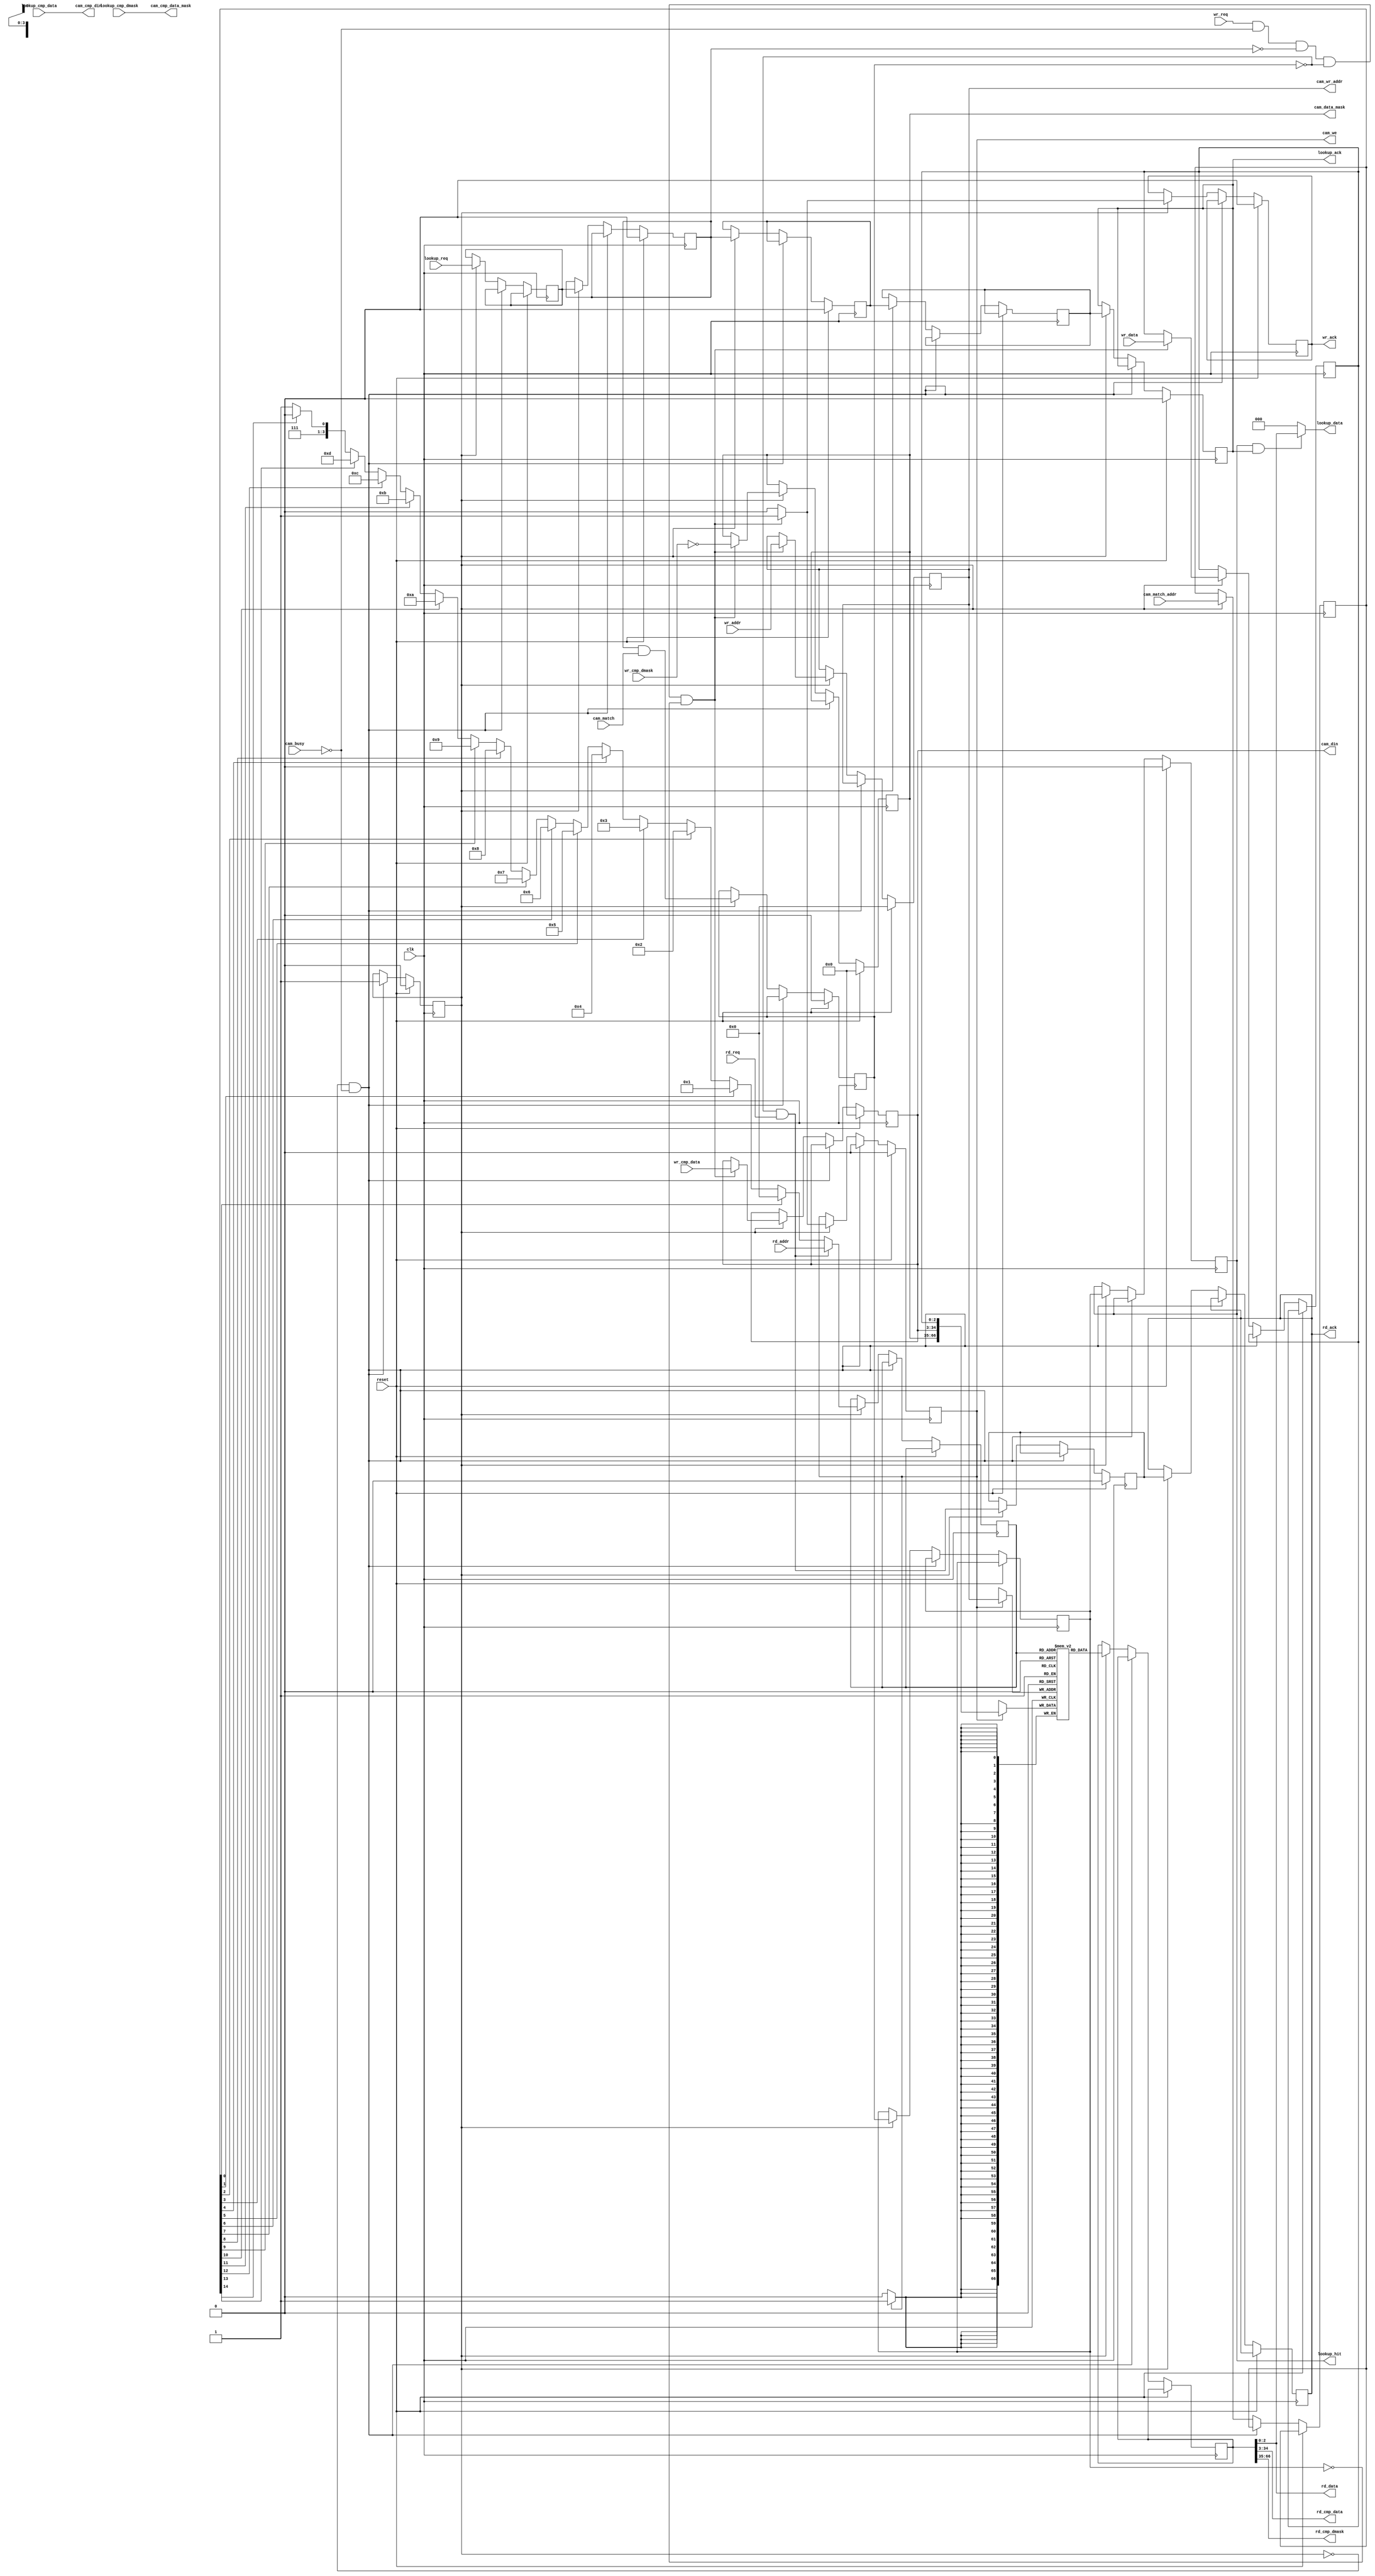
// ============================================================================
// Copyright (c) 2010  
// ============================================================================
//
// Permission:
//
//   
//
// Disclaimer:
//
//   This VHDL/Verilog or C/C++ source code is intended as a design reference
//   which illustrates how these types of functions can be implemented.
//   It is the user's responsibility to verify their design for
//   consistency and functionality through the use of formal
//   verification methods.  
// ============================================================================
//           
//                     ReConfigurable Computing Group
//
//                     web: http://www.ecs.umass.edu/ece/tessier/rcg/
//                    
//
// ============================================================================
// Major Functions/Design Description:
//
//   
//
// ============================================================================
// Revision History:
// ============================================================================
//   Ver.: |Author:   |Mod. Date:    |Changes Made:
//   V1.0  |RCG       |05/10/2011    |
// ============================================================================
//include "NF_2.1_defines.v"
//include "reg_defines_reference_router.v"
  module unencoded_cam_lut_sm_lpm
    #(parameter CMP_WIDTH  = 32,
      parameter DATA_WIDTH = 3,
      parameter LUT_DEPTH  = 16,
      parameter LUT_DEPTH_BITS = log2(LUT_DEPTH),
      parameter DEFAULT_DATA = 0,                       // DATA to return on a miss
      parameter RESET_DATA = {DATA_WIDTH{1'b0}},        // value of data on reset
      parameter RESET_CMP_DATA = {CMP_WIDTH{1'b0}},     // value of compare datae on reset
      parameter RESET_CMP_DMASK = {CMP_WIDTH{1'b0}}     // value compare of data mask on reset
      )
   (// --- Interface for lookups
    input                              lookup_req,
    input      [CMP_WIDTH-1:0]         lookup_cmp_data,
    input      [CMP_WIDTH-1:0]         lookup_cmp_dmask,
    output reg                         lookup_ack,
    output reg                         lookup_hit,
    output     [DATA_WIDTH-1:0]        lookup_data,
    
    // --- Interface to registers
    // --- Read port
    input [LUT_DEPTH_BITS-1:0]         rd_addr,          // address in table to read
    input                              rd_req,           // request a read
    output [DATA_WIDTH-1:0]            rd_data,          // data found for the entry
    output [CMP_WIDTH-1:0]             rd_cmp_data,      // matching data for the entry
    output [CMP_WIDTH-1:0]             rd_cmp_dmask,     // don't cares entry
    output reg                         rd_ack,           // pulses high

    // --- Write port
    input [LUT_DEPTH_BITS-1:0]         wr_addr,
    input                              wr_req,
    input [DATA_WIDTH-1:0]             wr_data,          // data found for the entry
    input [CMP_WIDTH-1:0]              wr_cmp_data,      // matching data for the entry
    input [CMP_WIDTH-1:0]              wr_cmp_dmask,     // don't cares for the entry
    output reg                         wr_ack,

    // --- CAM interface
    input                              cam_busy,
    input                              cam_match,
    input      [LUT_DEPTH-1:0]         cam_match_addr,
    output     [CMP_WIDTH-1:0]         cam_cmp_din,
    output reg [CMP_WIDTH-1:0]         cam_din,
    output reg                         cam_we,
    output reg [LUT_DEPTH_BITS-1:0]    cam_wr_addr,
    output     [CMP_WIDTH-1:0]         cam_cmp_data_mask,
    output reg [CMP_WIDTH-1:0]         cam_data_mask,

    // --- Misc    
    input                              reset,
    input                              clk
   );

   
   function integer log2;
      input integer number;
      begin
         log2=0;
         while(2**log2<number) begin
            log2=log2+1;
         end
      end
   endfunction // log2

   //-------------------- Internal Parameters ------------------------
   localparam RESET = 0;
   localparam READY = 1;
   
   //---------------------- Wires and regs----------------------------
   reg [LUT_DEPTH_BITS-1:0]              lut_rd_addr;
   reg [DATA_WIDTH+2*CMP_WIDTH-1:0]      lut_rd_data;
   reg [DATA_WIDTH-1:0]                  lut_wr_data;

   reg [DATA_WIDTH+2*CMP_WIDTH-1:0]      lut[LUT_DEPTH-1:0];

   reg                                   lookup_latched;
   reg                                   cam_match_found;
   reg                                   cam_lookup_done;
   reg                                   rd_req_latched;

   reg                                   cam_match_encoded;
   reg                                   cam_match_found_d1;
   reg [LUT_DEPTH-1:0]                   cam_match_unencoded_addr;

   reg [LUT_DEPTH_BITS-1:0]              cam_match_encoded_addr;
	reg											lookup_latched_first_time;
   // synthesis attribute PRIORITY_EXTRACT of cam_match_encoded_addr is force;

   integer                               i;

   /* used to track the addresses for resetting the CAM and the LUT */
   reg [LUT_DEPTH_BITS:0]                reset_count;
   reg                                   state;
	//reg lookup_latched_first_time;
   
   //------------------------- Logic --------------------------------

   assign cam_cmp_din       = lookup_cmp_data;
   assign cam_cmp_data_mask = lookup_cmp_dmask;

   assign lookup_data       = (lookup_hit & lookup_ack) ? lut_rd_data[DATA_WIDTH-1:0] : DEFAULT_DATA;
   
   assign rd_data           = lut_rd_data[DATA_WIDTH-1:0];
   assign rd_cmp_data       = lut_rd_data[DATA_WIDTH+CMP_WIDTH-1:DATA_WIDTH];
   assign rd_cmp_dmask      = lut_rd_data[DATA_WIDTH+2*CMP_WIDTH-1:DATA_WIDTH+CMP_WIDTH];

   
   /* encode the match address */
   always @(*) begin
      cam_match_encoded_addr = LUT_DEPTH[LUT_DEPTH_BITS-1:0] - 1'b1;
      for (i = LUT_DEPTH-2; i >= 0; i = i-1) begin
         if (cam_match_unencoded_addr[i]) begin
            cam_match_encoded_addr = i[LUT_DEPTH_BITS-1:0];
         end
      end
   end
   
   always @(posedge clk) begin
      
      if(reset) begin
         lookup_latched     <= 0;
         cam_match_found    <= 0;
         cam_lookup_done    <= 0;
         rd_req_latched     <= 0;
         lookup_ack         <= 0;
         lookup_hit         <= 0;
         cam_we             <= 0;
         cam_wr_addr        <= 0;
         cam_din            <= 0;
         cam_data_mask      <= 0;
         wr_ack             <= 0;
         state              <= RESET;
         reset_count        <= 0;
      end // if (reset)
      else begin
         if (state == RESET && !cam_busy) begin
            if(1) begin  //  if(reset_count == LUT_DEPTH) begin
               state  <= READY;
               cam_we <= 1'b0;
            end
            else begin
               reset_count      <= reset_count + 1'b1;
               cam_we           <= 1'b1;
               cam_wr_addr      <= reset_count[LUT_DEPTH_BITS-1:0];
               cam_din          <= RESET_CMP_DATA;
               cam_data_mask    <= RESET_CMP_DMASK;
	       lut_wr_data      <= RESET_DATA;
            end
         end
         
         else if (state == READY) begin
            /* first pipeline stage -- do CAM lookup */
            lookup_latched_first_time   				<= lookup_req;
            lookup_latched              <= lookup_latched_first_time;
            /* second pipeline stage -- CAM result/LUT input*/
            cam_match_found             <= lookup_latched & cam_match;
            cam_lookup_done             <= lookup_latched;
            cam_match_unencoded_addr    <= cam_match_addr;

            /* third pipeline stage -- encode the CAM output */
            cam_match_encoded           <= cam_lookup_done;
            cam_match_found_d1          <= cam_match_found;
            lut_rd_addr                 <= (!cam_match_found && rd_req) ? rd_addr : cam_match_encoded_addr;
            rd_req_latched              <= (!cam_match_found && rd_req);
            
            /* fourth pipeline stage -- read LUT */
            lookup_ack                  <= cam_match_encoded;
            lookup_hit                  <= cam_match_found_d1;
            lut_rd_data                 <= lut[lut_rd_addr];
            rd_ack                      <= rd_req_latched;
            
            /* Handle writes */
            if(wr_req & !cam_busy & !lookup_latched & !cam_match_found & !cam_match_found_d1) begin
               cam_we           <= 1;
               cam_wr_addr      <= wr_addr;
               cam_din          <= wr_cmp_data ;
               cam_data_mask    <= ~wr_cmp_dmask;
               wr_ack           <= 1;
	       lut_wr_data      <= wr_data;
            end
            else begin
               cam_we <= 0;
               wr_ack <= 0;
            end // else: !if(wr_req & !cam_busy & !lookup_latched & !cam_match_found & !cam_match_found_d1)
         end // else: !if(state == RESET)
         
      end // else: !if(reset)

      // separate this out to allow implementation as BRAM
      if(cam_we) begin
	 lut[cam_wr_addr] <= {cam_data_mask, cam_din, lut_wr_data};
      end

   end // always @ (posedge clk)

endmodule // cam_lut_sm